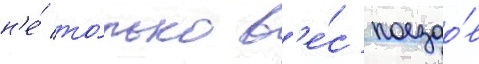
н'е́ то́лько в'е́с поездо́в